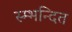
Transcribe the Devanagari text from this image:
स्म्भन्दित